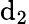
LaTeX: {\mathrm{d}}_{2}